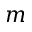
m